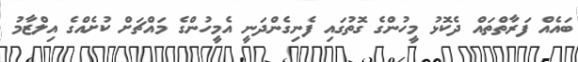
ބައެއް ފަރާތްތައް ދެކޮޅު މީހުންގެ ގޮތުގައި ފެނިގެންދަނީ އެމީހުންގެ މައްޗަށް ކުށެއްގެ އިލްޒާމު